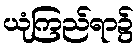
ယုံကြည်ရာ၌